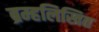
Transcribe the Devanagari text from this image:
ब्रम्हलिखित